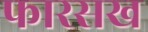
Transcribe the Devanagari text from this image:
फारसख